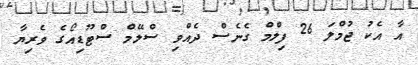
އާ އެކު ޖުމްލަ 26 ފިލްމް ގެނެސް ދެއްވި ސްލޭމް ސްޓޫޑިއޯގެ ވެރިޔާ